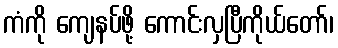
ကံကို ကျေနပ်ဖို့ ကောင်းလှပြီကိုယ်တော်၊